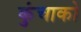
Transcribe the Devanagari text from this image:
कुंचाको